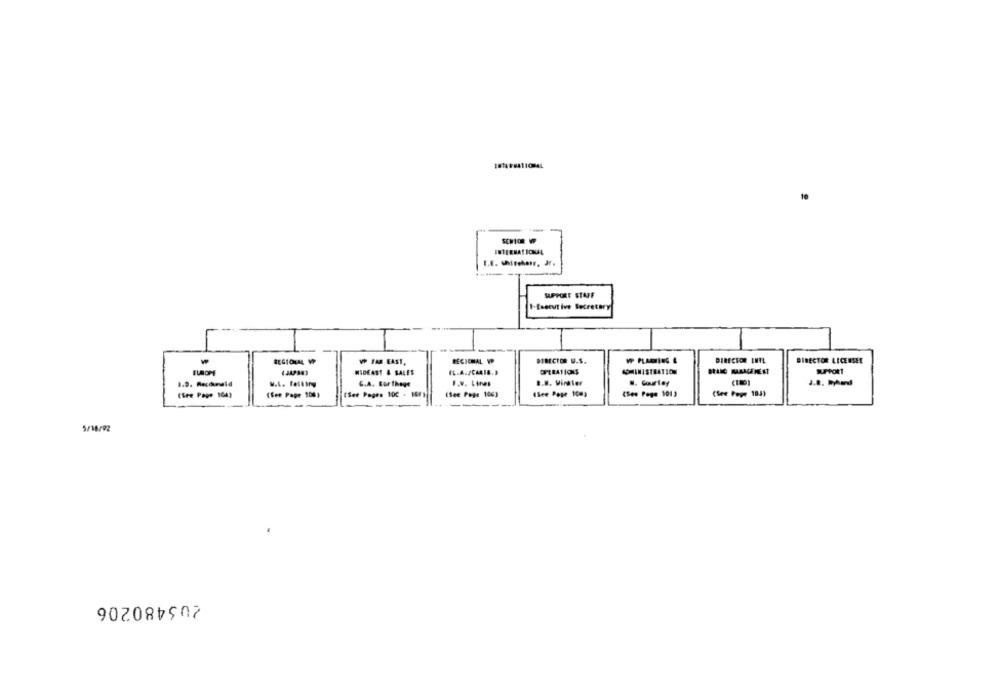
INTERNATIONAL
I.E. Whitehair, Jr.
SUPPORT STAFF
I-Executive Secretary
REGIONAL VP
DIRECTOR U.S.
WP PLARING &
DIRECTOR INTL
DIRECTOR LICENSEE
VP FAR EAST.
RECIEMAL W
ELROME
MIDEAST & SALES
OPERATIONS
ADMINISTRATION
w.L. Failing
G.A. For thege
F.V. Lines
B.8. Vinkler
M. Courtey
(See Page 104)
(See Page 106)
(See Pages 100 - 10F)
(See Page 106)
(See Page 10m)
(See Page 1013
(See Pepe 183)
5/16/02
203480206